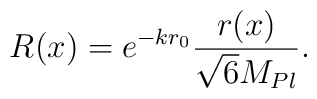
R(x) = e^{-k r_0} \frac{r(x)}{\sqrt{6} M_{Pl}}.